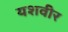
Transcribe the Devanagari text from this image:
यशवीर